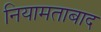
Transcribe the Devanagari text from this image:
नियामताबाद